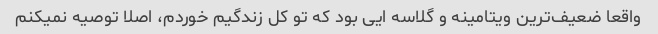
واقعا ضعیف‌ترین ویتامینه و گلاسه ایی بود که تو کل زندگیم خوردم، اصلا توصیه نمیکنم